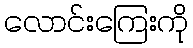
လောင်းကြေးကို